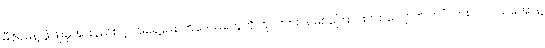
မီဇိုရမ်နဲ့ ဖွံဖြိုးမှုအားနည်းတဲ့ အရှေ့မြောက်ဒေသတွေကို ကုလားတန်မြစ်ကြောင်းတစ်လျှောက် ဘင်္ဂလားပင်လယ်အော်နဲ့